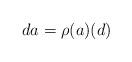
LaTeX: \begin{align*}da=\rho(a)(d)\end{align*}